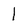
Character: 1